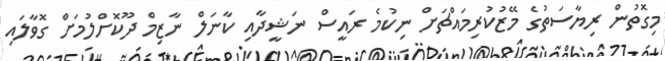
މިގޮތުން ރިޔާސަތުގެ މޭޒުކުރިމައްޗަށް ނިކުމެ ރައީސް ނަޝީދާއި ކާނަލް ނާޒިމް ދޫކޮށްލުމަށް ގޮވާލައި